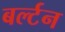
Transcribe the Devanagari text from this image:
बर्ल्टन